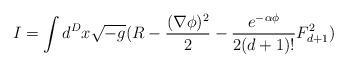
\begin{align*} I=\int d^{D}x\sqrt{-g} (R-\frac{(\nabla \phi)^2}{2} -\frac{e^{-\alpha \phi}}{2(d+1)!}F^{2}_{d+1})\end{align*}